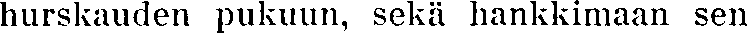
hurskauden pukuun, sekä hankkimaan sen